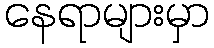
နေရာများမှာ